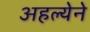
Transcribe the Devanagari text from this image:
अहल्येने